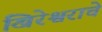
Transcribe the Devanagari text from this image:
खिरेश्वराचे